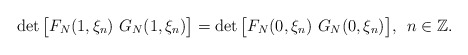
\begin{align*}\det \big[F_N(1,\xi_n)\,\,G_N(1,\xi_n)\big]=\det \big[F_N(0,\xi_n)\,\,G_N(0,\xi_n)\big],\,\,\,n\in\mathbb{Z}.\end{align*}